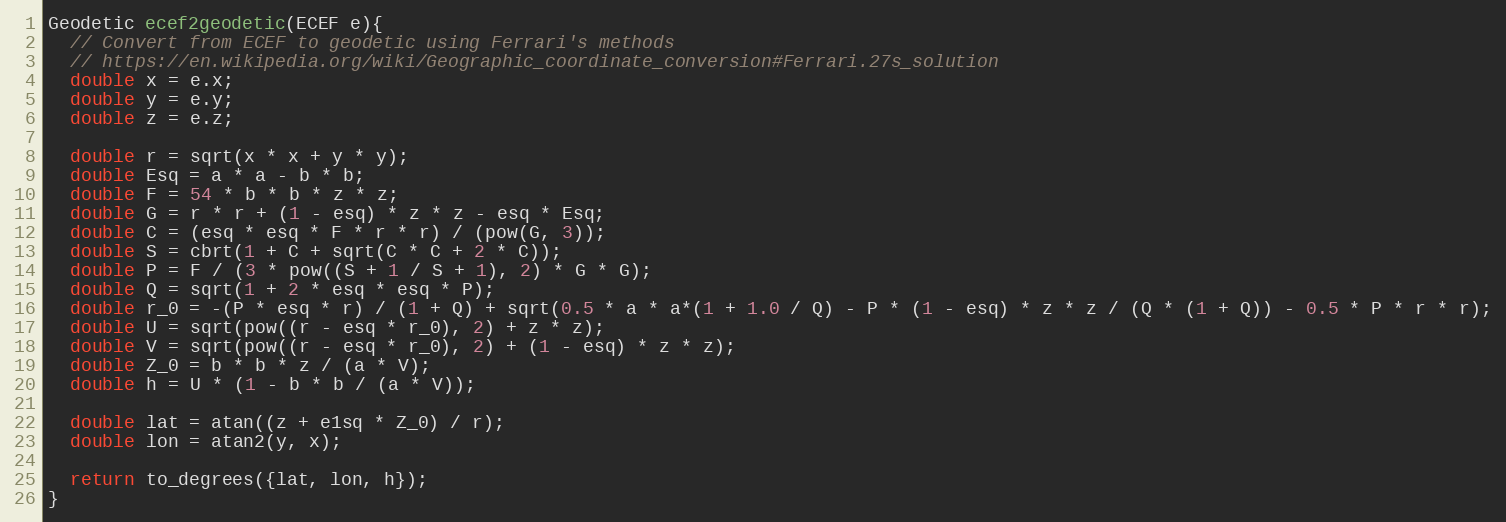
Language: C++
Geodetic ecef2geodetic(ECEF e){
  // Convert from ECEF to geodetic using Ferrari's methods
  // https://en.wikipedia.org/wiki/Geographic_coordinate_conversion#Ferrari.27s_solution
  double x = e.x;
  double y = e.y;
  double z = e.z;

  double r = sqrt(x * x + y * y);
  double Esq = a * a - b * b;
  double F = 54 * b * b * z * z;
  double G = r * r + (1 - esq) * z * z - esq * Esq;
  double C = (esq * esq * F * r * r) / (pow(G, 3));
  double S = cbrt(1 + C + sqrt(C * C + 2 * C));
  double P = F / (3 * pow((S + 1 / S + 1), 2) * G * G);
  double Q = sqrt(1 + 2 * esq * esq * P);
  double r_0 = -(P * esq * r) / (1 + Q) + sqrt(0.5 * a * a*(1 + 1.0 / Q) - P * (1 - esq) * z * z / (Q * (1 + Q)) - 0.5 * P * r * r);
  double U = sqrt(pow((r - esq * r_0), 2) + z * z);
  double V = sqrt(pow((r - esq * r_0), 2) + (1 - esq) * z * z);
  double Z_0 = b * b * z / (a * V);
  double h = U * (1 - b * b / (a * V));

  double lat = atan((z + e1sq * Z_0) / r);
  double lon = atan2(y, x);

  return to_degrees({lat, lon, h});
}